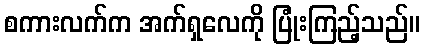
စကားလက်က အက်ရှလေကို ပြုံးကြည့်သည်။